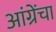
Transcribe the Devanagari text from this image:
आंग्रेंचा